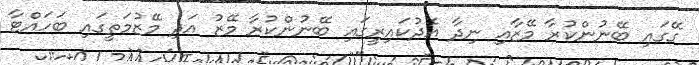
ގޭގައި ބޭނުންކުރާ މޭޒާއި ނިދާ އެދުކައިރީގައި ބޭނުންކުރާ މޭޒު އަދި މޭޒުމަތީގައި ބަހައްޓާ